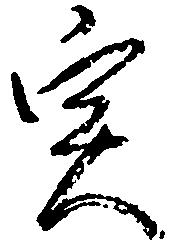
実